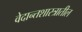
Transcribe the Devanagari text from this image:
वेदान्तशास्त्रातील